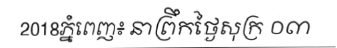
2018ភ្នំពេញ៖ នាព្រឹកថ្ងៃសុក្រ ០៣